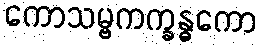
ကောသမ္ဗကက္ခန္ဓကော